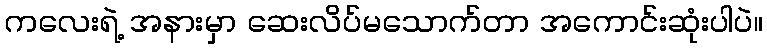
ကလေးရဲ့ အနားမှာ ဆေးလိပ်မသောက်တာ အကောင်းဆုံးပါပဲ။